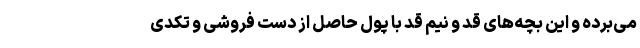
می‌برده و این بچه‌های قد و نیم قد با پول حاصل از دست فروشی و تکدی